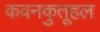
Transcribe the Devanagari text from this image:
कवनकुतूहल